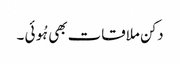
دکن ملاقات بھی ہُوئی ۔